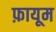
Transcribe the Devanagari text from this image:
फ़ायूम